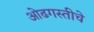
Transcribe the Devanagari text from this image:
ओढगस्तीचे